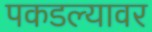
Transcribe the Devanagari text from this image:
पकडल्यावर